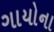
ગાયોના